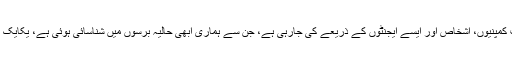
وہ کہتے ہیں، ’’حقوق کی تجارت میں اضافہ ہوا ہے، اب یہ تجارت کمپنیوں، اشخاص اور ایسے ایجنٹوں کے ذریعے کی جارہی ہے، جن سے ہماری ابھی حالیہ برسوں میں شناسائی ہوئی ہے، یکایک ایسے بہت سے لوگ سامنے آئے ہیں، جن سے اب بات کرنا ہوگی۔